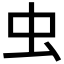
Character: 虫